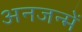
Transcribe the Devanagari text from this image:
अनजन्में